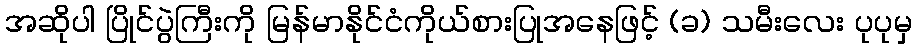
အဆိုပါ ပြိုင်ပွဲကြီးကို မြန်မာနိုင်ငံကိုယ်စားပြုအနေဖြင့် (ခ) သမီးလေး ပုပုမှ